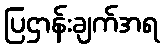
ပြဌာန်းချက်အရ